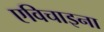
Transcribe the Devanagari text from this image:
एविचाइना